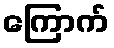
ကြောက်